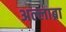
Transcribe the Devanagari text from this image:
अल्लाब्रा